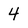
Character: 4